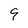
Character: 9